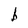
Character: b